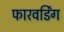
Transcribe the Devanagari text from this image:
फारवर्डिंग